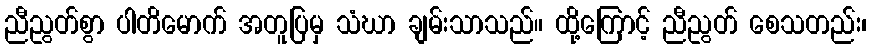
ညီညွတ်စွာ ပါတိမောက် အတူပြမှ သံဃာ ချမ်းသာသည်။ ထို့ကြောင့် ညီညွတ် စေသတည်း၊